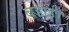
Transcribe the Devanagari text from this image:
बडाई।